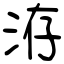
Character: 洊